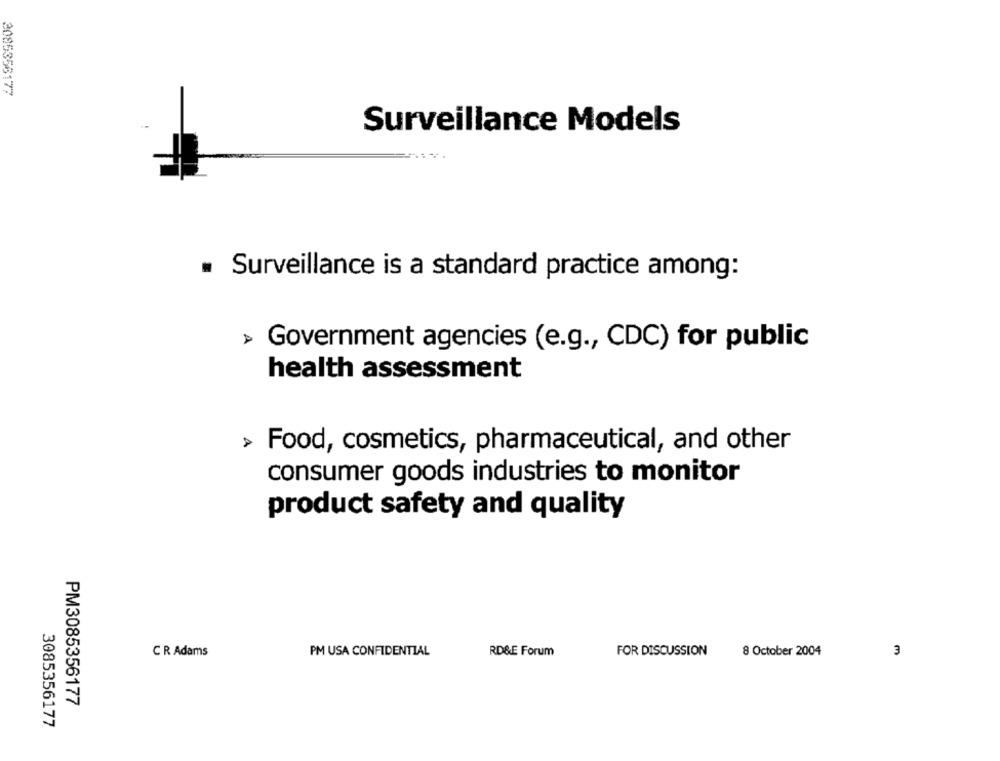
2085356177
Surveillance Models
Surveillance is a standard practice among:
> Government agencies (e.g ., CDC) for public
health assessment
Food, cosmetics, pharmaceutical, and other
consumer goods industries to monitor
product safety and quality
C R Adams
PM USA CONFIDENTIAL
RD&E Forum
FOR DISCUSSION
8 October 2004
3
PM3085356177
3085356177